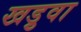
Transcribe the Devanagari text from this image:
खड़ुवा